Papaver somniferum - Opium : an extract from the sixth volume of the Dictionary of Economic Products of India
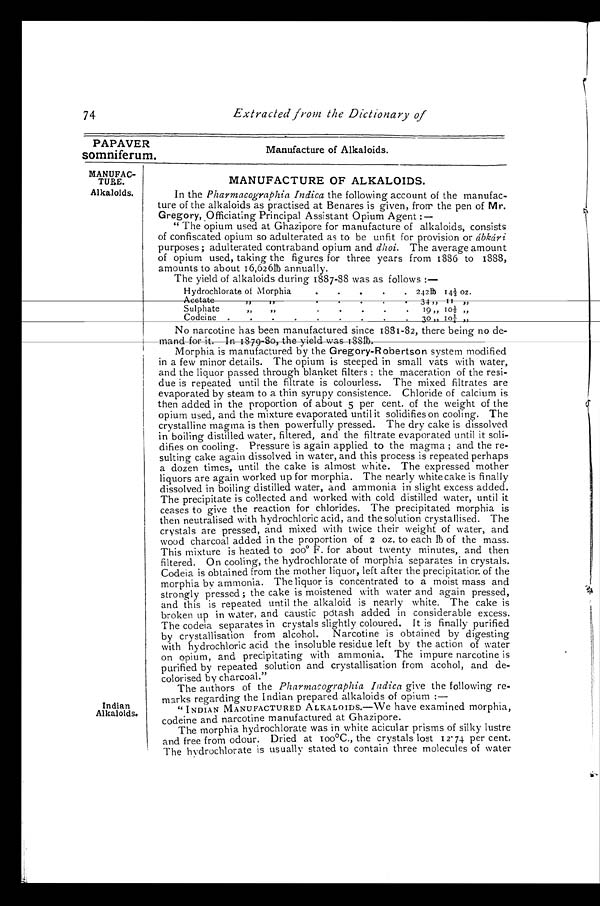
PAPAVER
somniferum.
MANUFAC
-
TURE.
Alkaloids.
74
Extracted from the Dictionary of
Manufacture of Alkaloids.
MANUFACTURE OF ALKALOIDS.
In the Pharmacographia Indica the following account of the manufac
- t u r e o f t h e a l k a l o i d s a s p r a c t i s e d a t B e n a r e s i s g i v e n , f r o m t h e p e n o f M r .
Gregory, Officiating Principal Assistant Opium Agent :
—
" The opium used at Ghazipore for manufacture of alkaloids, consists
of confiscated opium so adulterated as to be unfit for provision or áb kári
purposes; adulterated contraband opium and dhoi. The average amount
of opium used, taking the figures for three years from 1886 to 1888,
amounts to about 16,626th annually.
The yield of alkaloids during 1887-88 was as follows :—
Indian
Alkaloids.
Hydrochlorate of Morphia
. . .
242lb 1 4½- o z .
Acetate " "
. . .
34 ",
1 1 " ,
Sulphate " "
. . .
19,, 10½ ,,
Codeine " "
. . .
3 0 , ,
10½,,
No narcotine has been manufactured since 1881-82, there being no de
-mand for it. In 1879-80, the yield was 188th.
Morphia is manufactured by the Gregory-Robertson system modified
in a few minor details. The opium is steeped in small vats with water,
and the liquor passed through blanket filters : the maceration of the resi
-due is repeated until the filtrate is colourless. The mixed filtrates are
evaporated by steam to a thin syrupy consistence. Chloride of calcium is
then added in the proportion of about 5 per cent. of the weight of the
opium used, and the mixture evaporated until it solidifies on cooling. The
crystalline magma is then powerfully pressed. The dry cake is dissolved
in boiling distilled water, filtered, and the filtrate evaporated until it soli
-difies on cooling. Pressure is again applied to the magma ; and the re
-sulting cake again dissolved in water, and this process is repeated perhaps
a dozen times, until the cake is almost white. The expressed mother
liquors are again worked up for morphia. The nearly white cake is finally
dissolved in boiling distilled water, and ammonia in slight excess added.
The precipitate is collected and worked with cold distilled water, until it
ceases to give the reaction for chlorides. The precipitated morphia is
then neutralised with hydrochloric acid, and the solution crystallised. The
crystals are pressed, and mixed with twice their weight of water, and
wood charcoal added in the proportion of 2 oz. to each th of the mass.
This mixture is heated to 200° F. for about twenty minutes, and then
filtered. On cooling, the hydrochlorate of morphia separates in crystals.
Codeia is obtained from the mother liquor, left after the precipitation of the
morphia by ammonia. The liquor is concentrated to a moist mass and
strongly pressed ; the cake is moistened with water and again pressed,
and this is repeated until the alkaloid is nearly white. The cake is
broken up in water, and caustic pótash added in considerable excess.
The codeia separates in crystals slightly coloured. It is finally purified
by crystallisation from alcohol. Narcotine is obtained by digesting
with hydrochloric acid the insoluble residue left by the action of water
on opium, and precipitating with ammonia. The impure narcotine is
purified by repeated solution and crystallisation from acchol, and de
-colorised by charcoal."
The authors of the Pharmacographia Indica give the following re
-marks regarding the Indian prepared alkaloids of opium :—
" INDIAN MANUFACTURED ALKALOIDS.—We have examined morphia,
codeine and narcotine manufactured at Ghazipore.
The morphia hydrochlorate was in white acicular prisms of silky lustre
and free from odour. Dried at 100°C., the crystals lost 1274 per cent.
The hydrochlorate is usually stated to contain three molecules of water